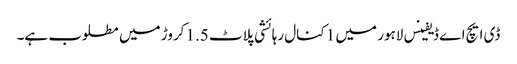
ڈی ایچ اے ڈیفینس لاہور میں 1 کنال رہائشی پلاٹ 1.5 کروڑ میں مطلوب ہے۔